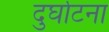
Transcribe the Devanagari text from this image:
दुर्घाटना